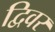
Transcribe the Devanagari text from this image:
द्विवर